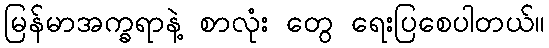
မြန်မာအက္ခရာနဲ့ စာလုံး တွေ ရေးပြစေပါတယ်။